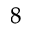
^ { 8 }